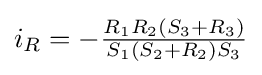
i_{R}=-{\tfrac {R_{1}R_{2}(S_{3}+R_{3})}{S_{1}(S_{2}+R_{2})S_{3}}}